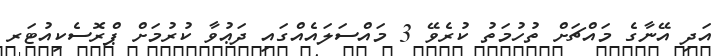
އަދި އޭނާގެ މައްޗަށް ތުހުމަތު ކުރެވޭ 3 މައްސަލައެއްގައި ދަޢުވާ ކުރުމަށް ޕްރޮސެކިއުޓަރ